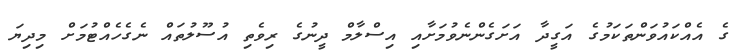
ގެ އެއްކައުވަންތަކަމުގެ އަގީދާ އަށަގެންނެވުމަށާއި އިސްލާމް ދީނުގެ ރިވެތި އުސޫލުތައް ނެގެހެއްޓުމަށް މިދިޔަ